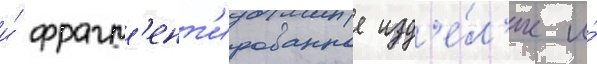
и́ фрагм'ент'ированное изд'е́л'ие и́